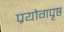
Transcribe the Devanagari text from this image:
प्रयोगपृष्ठ